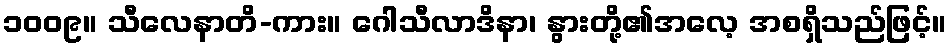
၁၀၀၉။ သီလေနာတိ-ကား။ ဂေါသီလာဒိနာ၊ နွားတို့၏အလေ့ အစရှိသည်ဖြင့်။